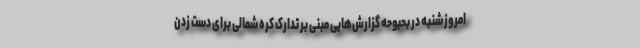
امروز شنبه در بحبوحه گزارش‌هایی مبنی بر تدارک کره شمالی برای دست زدن